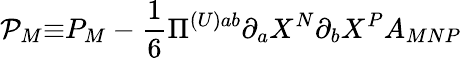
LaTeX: \mathcal{P}_{M}\mathcal{\equiv}P_{M}-\frac{1}{6}\Pi^{(U)ab}\partial_{a}X^{N}\partial_{b}X^{P}A_{MNP}